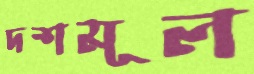
দশমূল